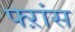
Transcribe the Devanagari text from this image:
फ्ऱांस